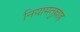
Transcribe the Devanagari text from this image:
नियामतुल्लाह